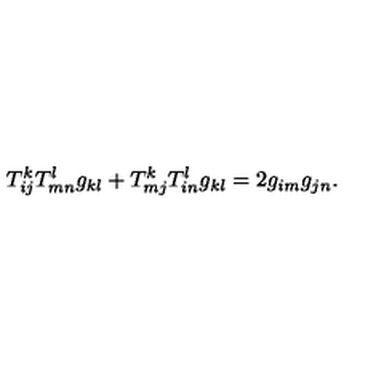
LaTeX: T _ { i j } ^ { k } T _ { m n } ^ { l } g _ { k l } + T _ { m j } ^ { k } T _ { i n } ^ { l } g _ { k l } = 2 g _ { i m } g _ { j n } .